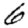
Digit: 6